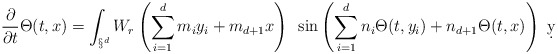
\begin{align*}\frac{\partial}{\partial t} \Theta(t,x) = \int_{\S^d} W_r\left( \sum_{i=1}^d m_i y_i + m_{d+1} x\right) ~\sin\left( \sum_{i=1}^d n_i \Theta(t,y_i) + n_{d+1}\Theta(t,x)\right) \ \d y\end{align*}